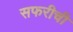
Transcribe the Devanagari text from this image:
सफरीची